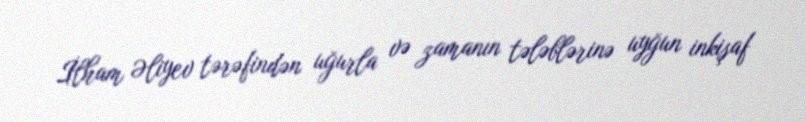
İlham Əliyev tərəfindən uğurla və zamanın tələblərinə uyğun inkişaf